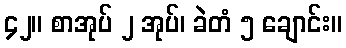
၄၂။ စာအုပ် ၂ အုပ်၊ ခဲတံ ၅ ချောင်း။